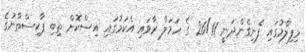
މިފިލްމުގައި ފެނިގެންދަނީ 26/11 ގެ ހަމަލާ ރާވައި އެކަމުގައި އިސްކޮށް ތިބި ޕާކިސްތާނުގެ